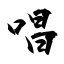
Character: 唱